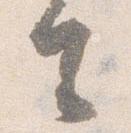
去